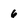
Character: 6